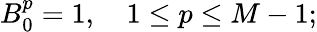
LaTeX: B_{0}^{p}=1,\quad 1\leq p\leq M-1;